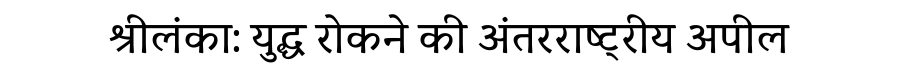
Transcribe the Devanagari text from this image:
श्रीलंका: युद्ध रोकने की अंतरराष्ट्रीय अपील